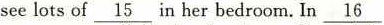
see lots of\underline{15}in her bedroom.In\underline{16}